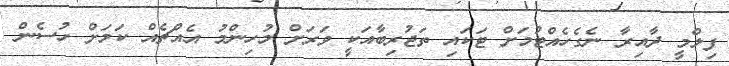
ފިލްމީ ދާއިރާ ނެގެހެއްޓުމަށް ޓަކައި ތަޖުރިބާއަކީ ވަރަށް މުހިންމު އެއްޗެއް ކަމަށް ހުސެން